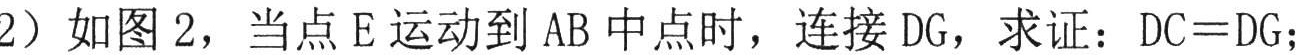
（2）如图 2，当点 E 运动到 AB 中点时，连接 DG，求证：DC = DG；